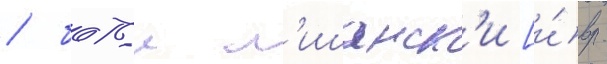
/ батьи л'ишанск'и [и́вр.